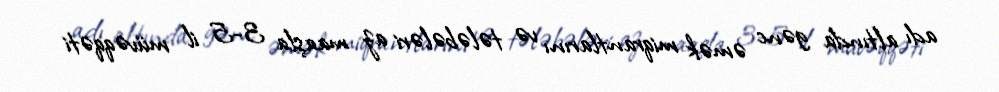
adı altında gənc əmək miqrantlarını və tələbələri az maaşla 3-5 il müvəqqəti